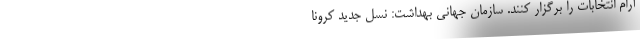
آرام انتخابات را برگزار کنند. سازمان جهانی بهداشت: نسل جدید کرونا